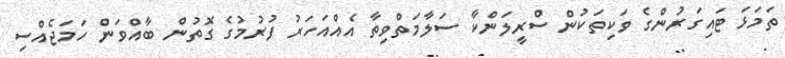
ތަމަޅަ ޓައިގަރުންގެ ވަކިތަކުން ސްރީލަންކާ ސަލާމަތްވިތާ އެއްއަހަރު ފުރުމުގެ ގޮތުން ބާއްވަން ހަމަޖެއްސި